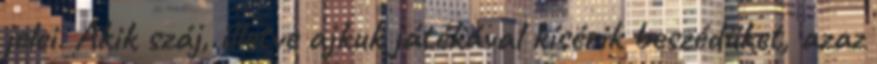
jelei. Akik száj, illetve ajkuk játékával kísérik beszédüket, azaz